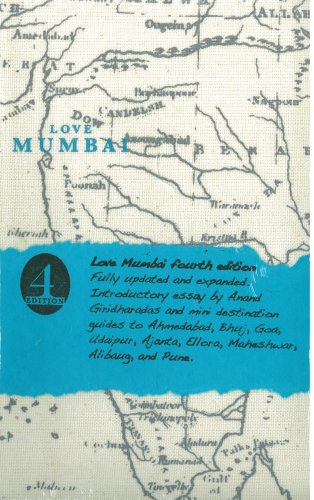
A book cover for Love Mumbai; Fiona Caulfield; Travel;